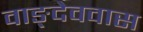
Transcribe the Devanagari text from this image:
वाङ्देववास